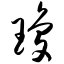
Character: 琼